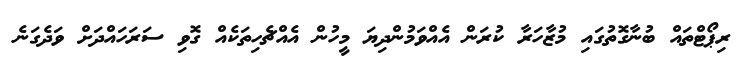
ރިޕޯޓްތައް ބުނާގޮތުގައި މުޒާހަރާ ކުރަން އެއްވަމުންދިޔަ މީހުން އެއްޗެހިތަކެއް ގޮވި ސަރަހައްދަށް ވަދެގަނެ